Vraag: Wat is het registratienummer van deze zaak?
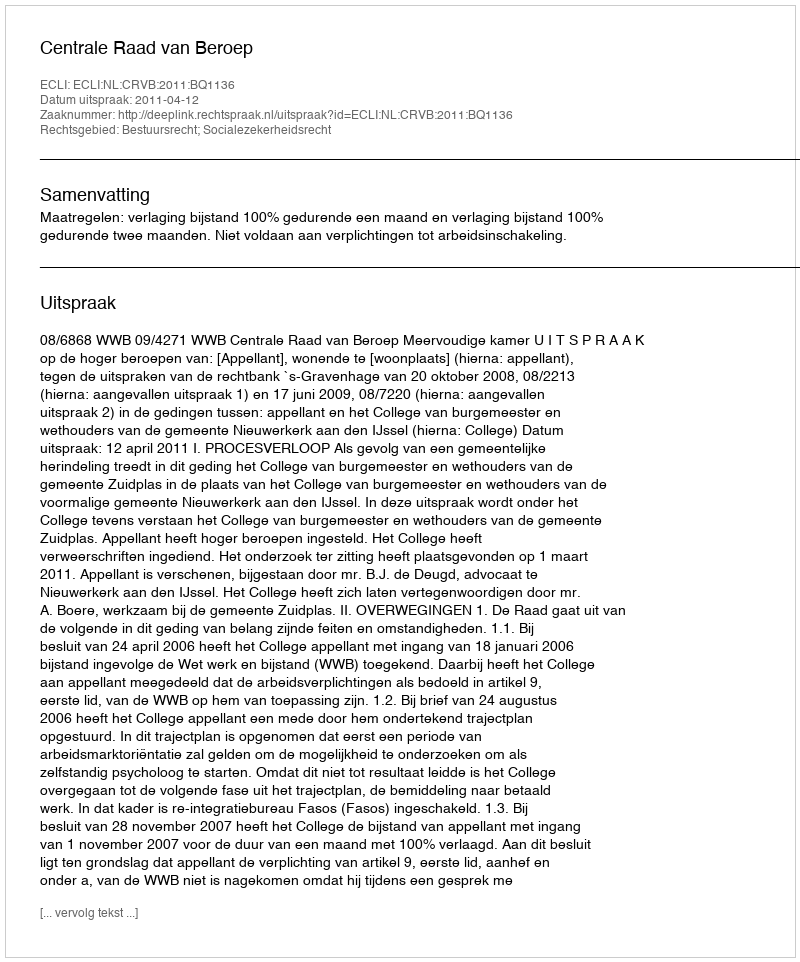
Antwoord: http://deeplink.rechtspraak.nl/uitspraak?id=ECLI:NL:CRVB:2011:BQ1136